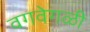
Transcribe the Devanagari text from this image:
वगवेगळी